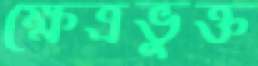
ক্ষেত্রভুক্ত